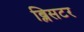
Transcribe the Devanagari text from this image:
ब्लिसटर